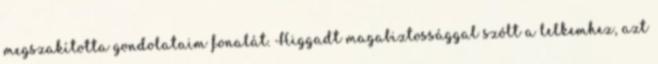
megszakította gondolataim fonalát. Higgadt magabiztossággal szólt a lelkemhez, azt